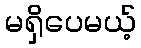
မရှိပေမယ့်